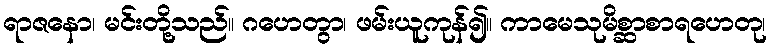
ရာဇနော၊ မင်းတို့သည်။ ဂဟေတွာ၊ ဖမ်းယူကုန်၍။ ကာမေသုမိစ္ဆာစာရဟေတု၊